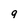
Character: 9